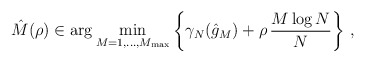
\begin{align*}\hat M(\rho)\in\displaystyle\arg\min_{M=1,\ldots,M_{\max}}\left\{\gamma_{N}(\hat g_M)+\rho\,\frac{M\log N}{N}\right\}\,,\end{align*}